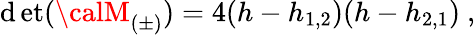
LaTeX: \operatorname*{\mathrm{d}et}({\calM}_{(\pm)})=4(h-h_{1,2})(h-h_{2,1}){}~,